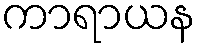
ကာရာယန